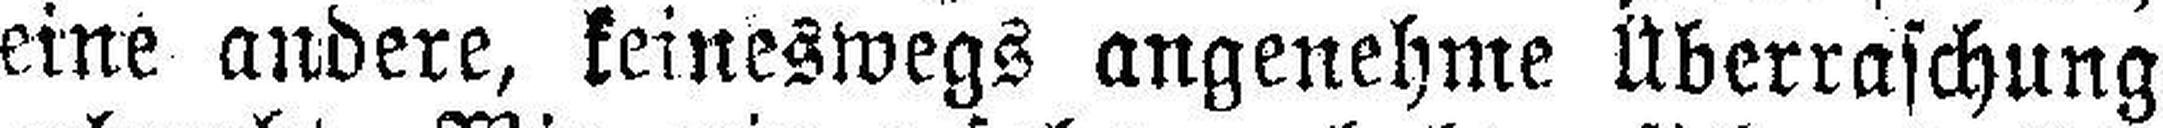
eine andere, keineswegs angenehme Überraschung